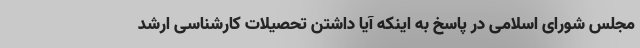
مجلس شورای اسلامی در پاسخ به اینکه آیا داشتن تحصیلات کارشناسی ارشد